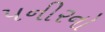
પનીરનો